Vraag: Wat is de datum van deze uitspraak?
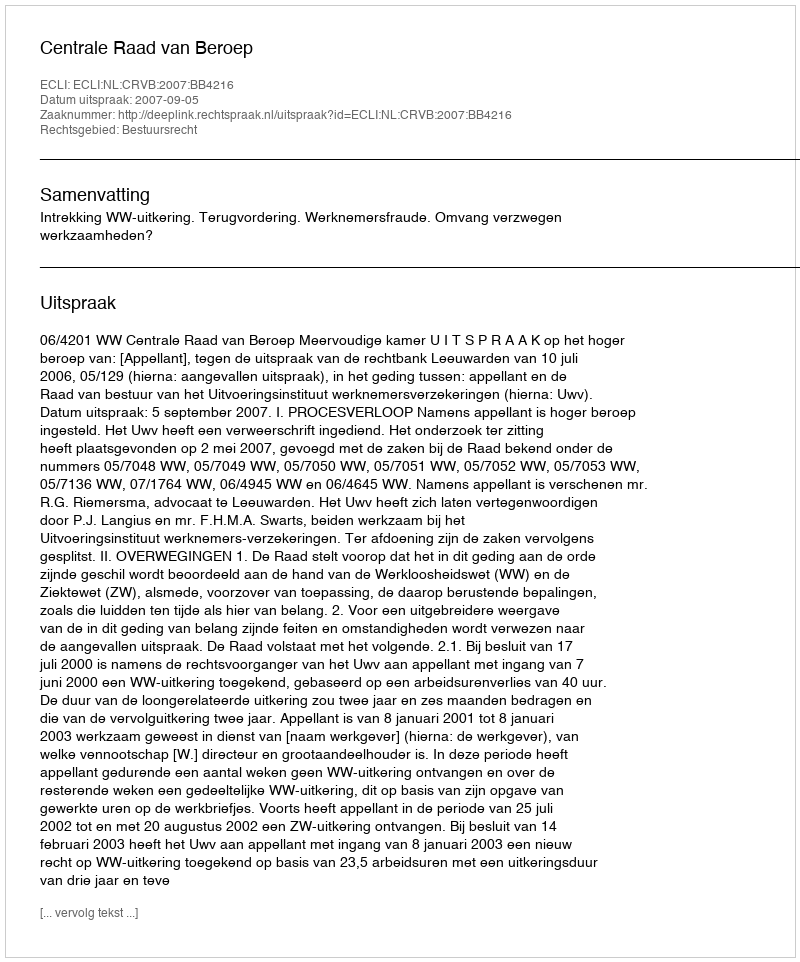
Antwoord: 2007-09-05